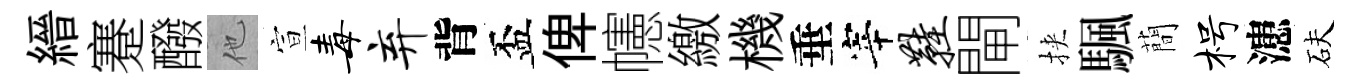
縉蹇醱他宣毒弃背盃俾幰繳機垂宰鞋閘挾颿蕳枵漶砆